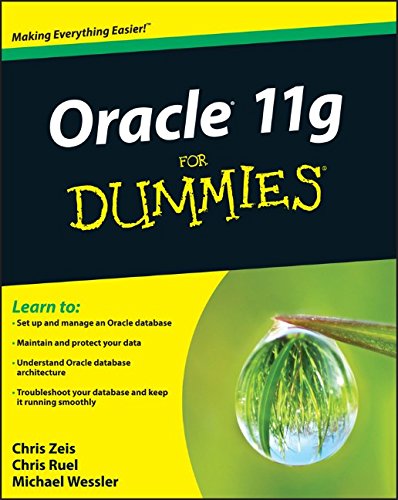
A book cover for Oracle 11g for Dummies; Chris Zeis; Computers & Technology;